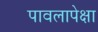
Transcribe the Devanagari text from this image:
पावलापेक्षा